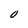
Character: O